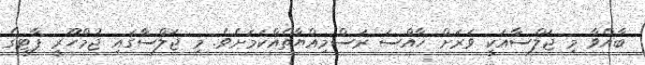
ބާއްވާ މި ޖަލްސާއަކީ ވަރަށް ޚާއްސަ ރަސްމިއްޔާތެއްކަމަށެވެ. މި ޖަލްސާގައި ޖުމްހޫރީ ޕާޓީގެ